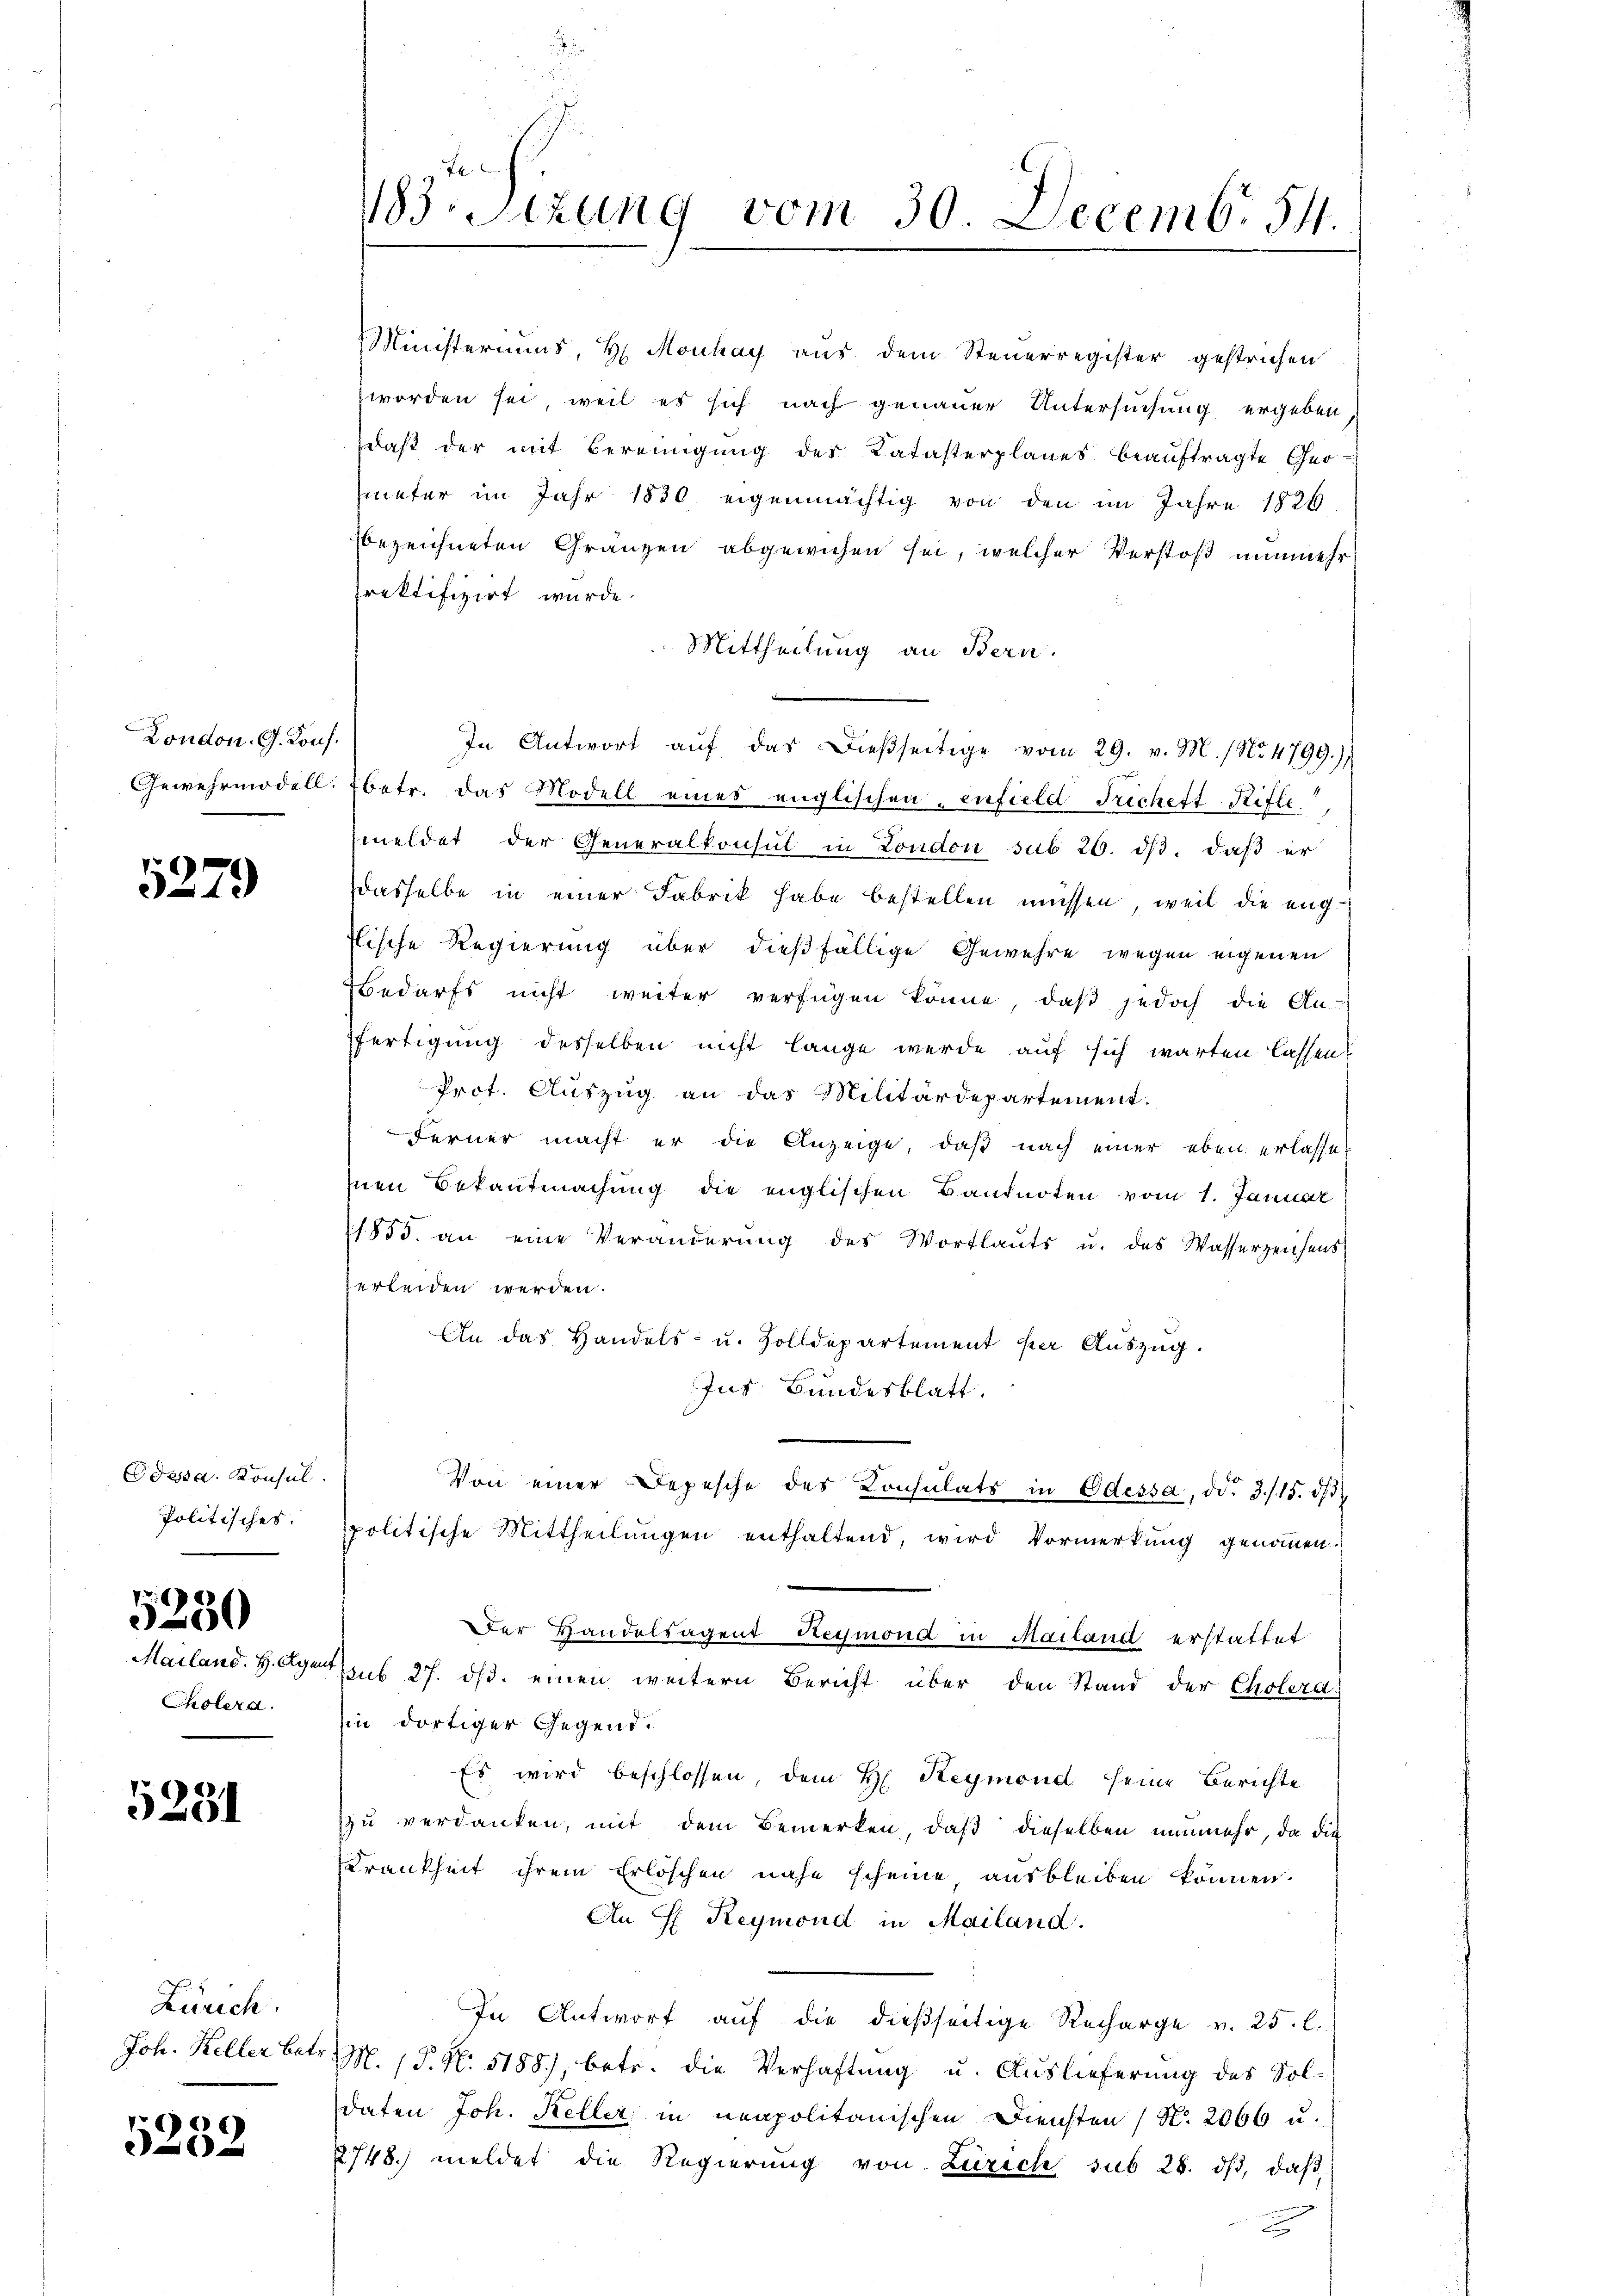
London. G. Kons.

5279

Odessa. Konsul
Politisches.

5280

Mailand. H. Ag.
Cholera.

5231

Zürich.
Joh. Keller betr.

5252

Ministeriums, H. Mouhay aus dem Steuerregister gestrichen
worden sei, weil es sich nach genauer Untersuchung ergeben
daβ der mit Bereinigŭng der Katasterplanes beaŭftragte Geo-
eter im Jahr 1830 eigenmächtig von den im Jahre 1826
bezeichneten Gränzen abgewiesen sei, welcher Verstoß nunmehr
rektifizirt wurde.
Mittheilung an Bern.
In Antwort aŭf das dießseitige vom 29. v. M. / No. 4799.)
Gewehrmodell betr. das Modell eines englischen enfield Trichett Riffe
meldet der Generalkonsul in London sub 26. dβ, daß er
dasselbe in einer Fabrik habe bestellen müssen, weil die engflische Regierung über dießfällige Gewehre wegen eigenen
Bedarfs nicht weiter verfügen könne, daβ jedoch die An-
fertigung desselben nicht lange werde auf sich warten lassen
Prot. Auszug an das Militärdepartement.
Ferner macht er die Anzeige, daß nach einer eben erlasse
Inen Bekantmachung die englischen Banknoten vom 1. Januar
11855. an eine Veränderŭng des Wortlaŭt u. des Wasserzeichens
erleiden werden.
An das Handels- u. Zolldepartement per Auszug.
Ins Bundesblatt.
Von einer Depesche des Konsulats in Odessa, ddo 3./15. ds.
spolitische Mittheilungen enthaltend, wird Vormerkung genommen.
Der Handelsagent Reymond in Mailand erstattet
 sub 27. ds. einen weitern Bericht über den Stand der Cholera
hin dortiger Gegend.
Es wird beschlossen, dem H. Reymond seine Berichte
zu verdanken, mit dem Bemerken, daß dieselben nunmehr, da die
Krankheit ihrem Erlöschen nahe scheine ausbleiben können.
An H: Reymond in Mailand.
In Antwort auf die dießseitige Recharge v. 25. l.
M. / P. Nr. 5188), betr. die Verhaftung u. Auslieferung des Soldaten Joh. Keller in neapolitanischen Diensten (S. 2066 u.
2748. meldet die Regierŭng von Zürich sub 28. dβ, daβ

183. Sitzung vom 30. Decemb. 54.